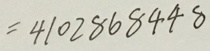
= 4 1 0 2 8 6 8 4 4 8